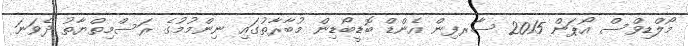
މޯލްޑިވްސް އޯޕަން 2015 ސާރފިން އެންޑް ބޮޑީބޯޑިން މުބާރާތުގައި ނިންމުމުގެ ރަސްމިތްޔާތު ދެވަނަ